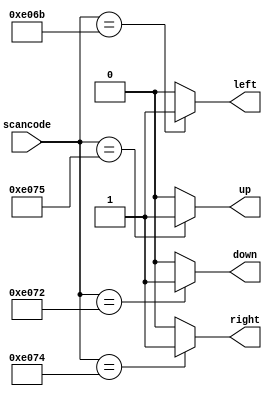
// synthesis verilog_input_version verilog_2001
module top_module (
    input [15:0] scancode,
    output reg left,
    output reg down,
    output reg right,
    output reg up  ); 

    always@(*) begin
        left = 0; down = 0; right = 0; up = 0;
        case(scancode)
            16'he06b: left = 1;
            16'he072: down = 1;
            16'he074: right = 1;
            16'he075: up = 1;
        endcase
    end
    
endmodule